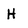
Character: H